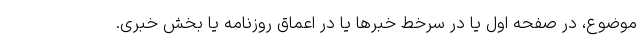
موضوع، در صفحه اول یا در سرخط خبرها یا در اعماق روزنامه یا بخش خبری.